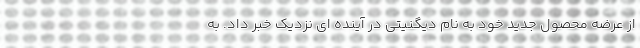
از عرضه محصول جدید خود به نام دیگنیتی در آینده ای نزدیک خبر داد. به